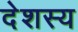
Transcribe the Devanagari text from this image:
देशस्य